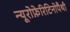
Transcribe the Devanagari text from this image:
न्यूरोफ़ेरिटिनोपैथी